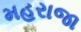
મહરાજા